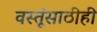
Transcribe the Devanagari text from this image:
वस्तूंसाठीही